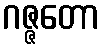
ဂဇ္ဇတော